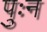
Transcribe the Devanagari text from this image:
पुःन